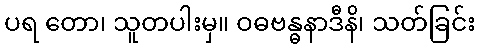
ပရ တော၊ သူတပါးမှ။ ဝဓဗန္ဓနာဒီနိ၊ သတ်ခြင်း